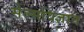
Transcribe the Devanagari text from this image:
सेल्सविज्ञान